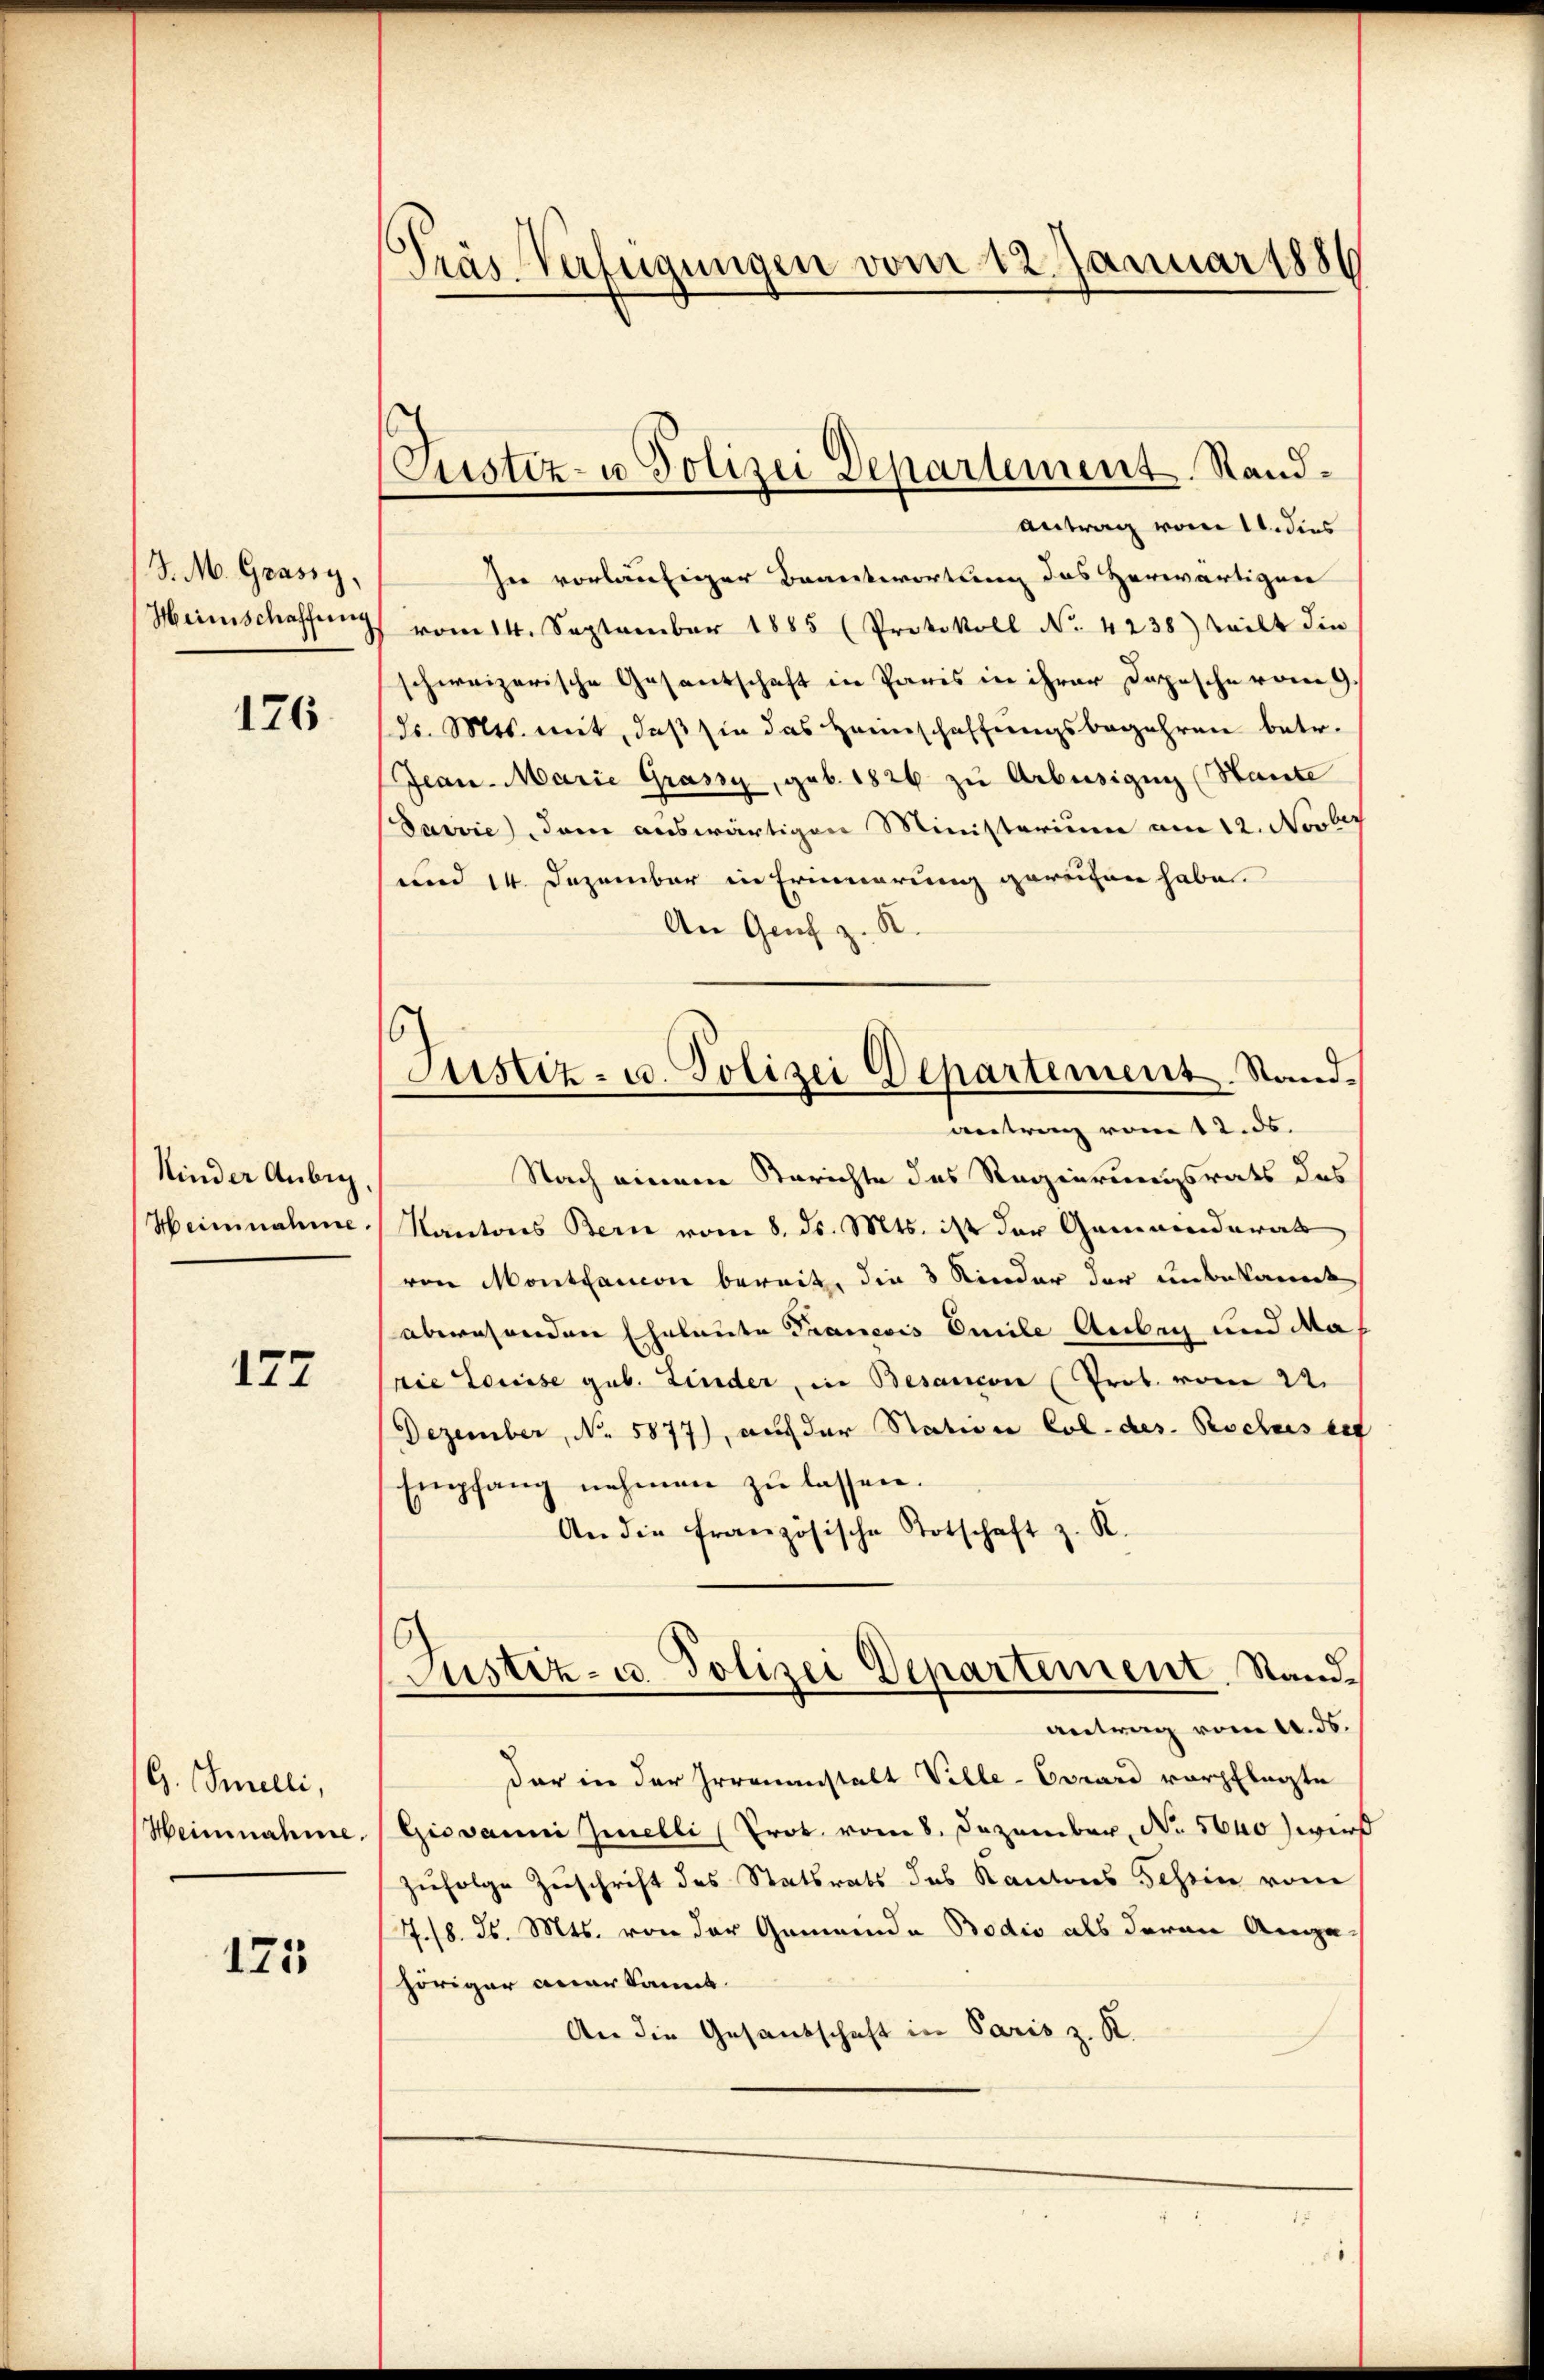
J. M. Grassy,

126

Kinder Anbig.

172

G. Snelli,
Heinnahme.

175

Präs Verfügungen vom 12. Januar 1886

Custiz- u Polizei Departement Rand¬

Antrag vom 11. dies
In vorläufiger Beantwortung des Herwärtigere
Heimschaffŭng vom 14. September 1885 (Protokoll No 4238) teilt die
schweizerische Gesantschaft in Paris in ihrer Dopische vom 9.
dr. Mts. mit, daß sie das Heimschaffungsbegehren betr.
Jean-Marie Grassy, geb. 1826 zu Arbusigung (Stante
Darvie) dem auswärtigen Ministerium am 12. Novber
und 14. Dezember in Erinnerung gereichen habe.
An Genf z. R.
antrang vom 12. ds.
Nach einem Berichte des Regierungsrats des
Heinnahme. Kantons Bern vom 8. ds. Mts. ist der Gemeinderat
von Montanon bereit, die 3 Kinder der unbekannt
aberwenden Eheleute Francois Emile Anbei und Nah
Die Louise geb. Linder, in Besancon (Prob. vom 22.
Dezember, No. 5877), auf der Station Col. des Rochusset
Empfang nehmen zu lassen.
An die französische Totschaft z. R.
Justiz- u. Polizei Departement. Stand.
antrag vom 14. ds.
dar in der Irrenanstalt Ville-Evrard verpflegte
Giovanni Zielli (Prok. vom 8. Dezember, No. 5640) wurd
zufolge Zuschrift des Statsrats des Kantons Schein vom
./8. ds. Mts. von der Gemeinde Bodio als daran Angehöriger anerkannt.
An die Gesandschaft in Paris z. K.

Justiz- u. Polizei Departement. Stand.